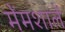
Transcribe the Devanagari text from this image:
मेंमशालें